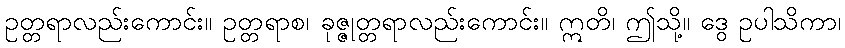
ဥတ္တရာလည်းကောင်း။ ဥတ္တရာစ၊ ခုဇ္ဇုတ္တရာလည်းကောင်း။ ဣတိ၊ ဤသို့။ ဒွေ ဥပါသိကာ၊